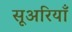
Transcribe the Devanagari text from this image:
सूअरियाँ